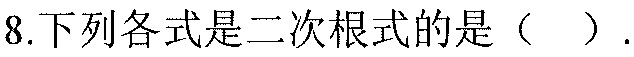
8.下列各式是二次根式的是（  ）.